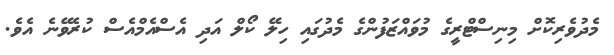
މެދުވެރިކޮށް މިނިސްޓްރީގެ މުވައްޒަފުންގެ މެދުގައި ހިލޭ ކޯލް އަދި އެސްއެމްއެސް ކުރެވޭނެ އެވެ.